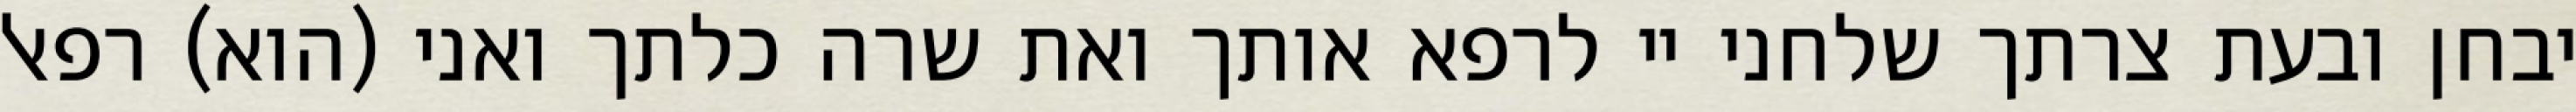
יבחן ובעת צרתך שלחני יי לרפא אותך ואת שרה כלתך ואני (הוא) רפאל